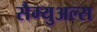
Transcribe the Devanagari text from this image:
सैम्युअल्स